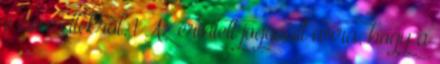
e címzettekről. 1 Az érintett jogosult arra, hogy a